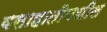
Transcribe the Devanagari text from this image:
वसाहातीमधील